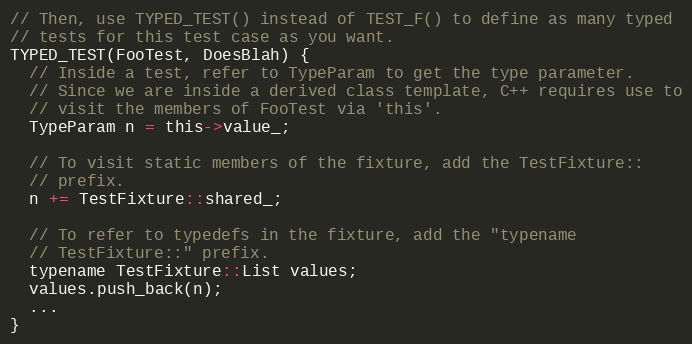
Language: C
// Then, use TYPED_TEST() instead of TEST_F() to define as many typed
// tests for this test case as you want.
TYPED_TEST(FooTest, DoesBlah) {
  // Inside a test, refer to TypeParam to get the type parameter.
  // Since we are inside a derived class template, C++ requires use to
  // visit the members of FooTest via 'this'.
  TypeParam n = this->value_;

  // To visit static members of the fixture, add the TestFixture::
  // prefix.
  n += TestFixture::shared_;

  // To refer to typedefs in the fixture, add the "typename
  // TestFixture::" prefix.
  typename TestFixture::List values;
  values.push_back(n);
  ...
}